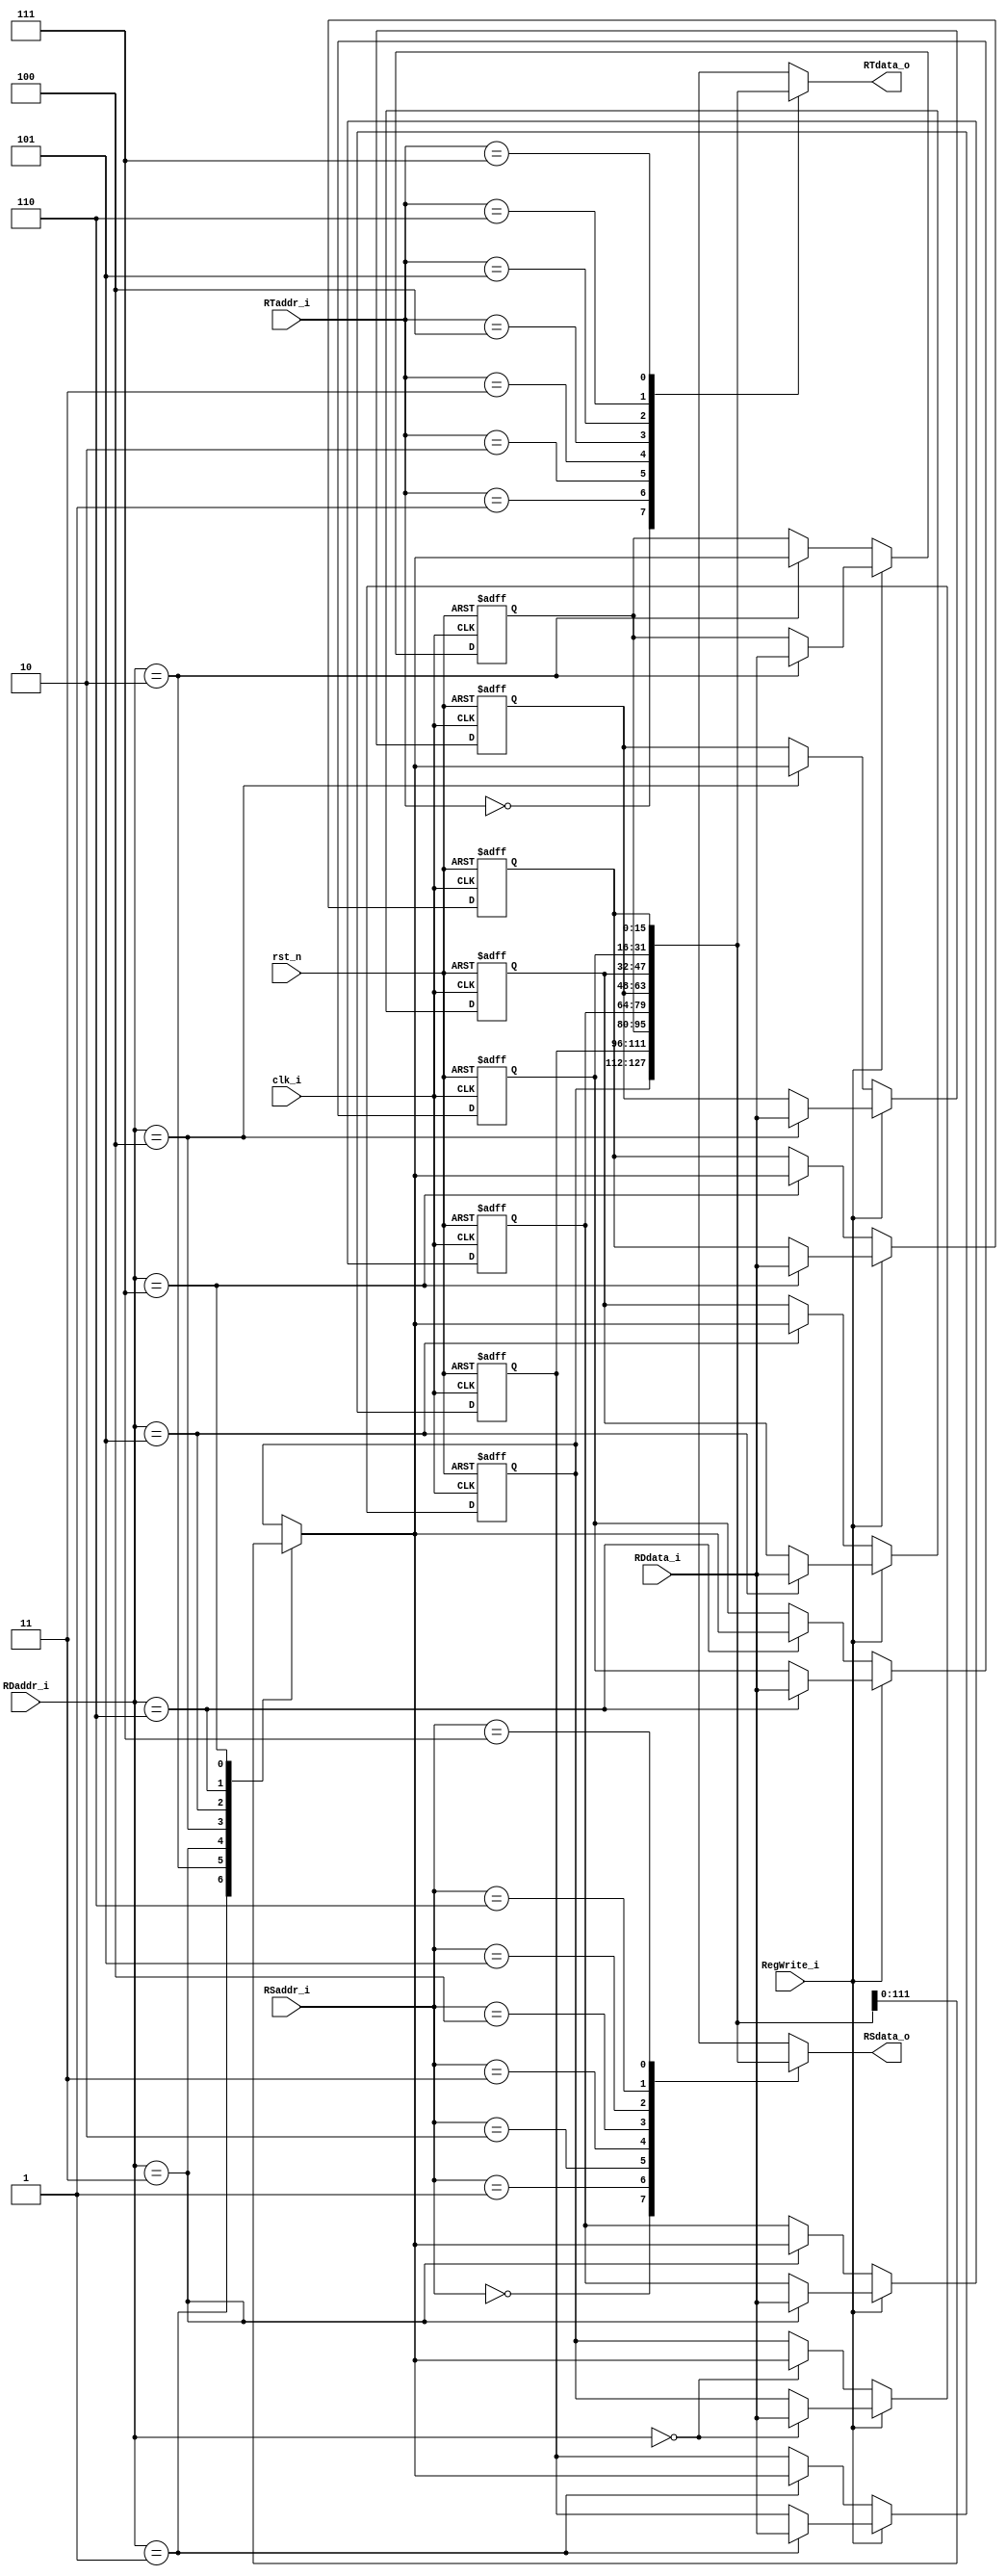
module Reg_File( clk_i, rst_n, RSaddr_i, RTaddr_i, RDaddr_i, RDdata_i, RegWrite_i, RSdata_o, RTdata_o );
          
//I/O ports
input           clk_i;
input           rst_n;
input           RegWrite_i;
input  [3-1:0]  RSaddr_i;
input  [3-1:0]  RTaddr_i;
input  [3-1:0]  RDaddr_i;
input  [16-1:0] RDdata_i;

output [16-1:0] RSdata_o;
output [16-1:0] RTdata_o;   

//Internal signals/registers           
reg  signed [16-1:0] Reg_File [0:8-1];     //32 word registers
wire        [16-1:0] RSdata_o;
wire        [16-1:0] RTdata_o;

//Read the data
assign RSdata_o = Reg_File[RSaddr_i] ;
assign RTdata_o = Reg_File[RTaddr_i] ;   

//Writing data when postive edge clk_i and RegWrite_i was set.
always @( negedge rst_n or posedge clk_i  ) begin
    if(rst_n == 0) begin
	    Reg_File[0]  <= 0; Reg_File[1]  <= 0; Reg_File[2]  <= 0; Reg_File[3]  <= 0;
	    Reg_File[4]  <= 0; Reg_File[5]  <= 0; Reg_File[6]  <= 0; Reg_File[7]  <= 0;
	end
    else begin
        if(RegWrite_i) 
            Reg_File[RDaddr_i] <= RDdata_i;	
		else 
		    Reg_File[RDaddr_i] <= Reg_File[RDaddr_i];
	end
end

endmodule